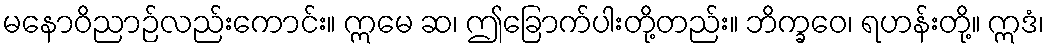
မနောဝိညာဉ်လည်းကောင်း။ ဣမေ ဆ၊ ဤခြောက်ပါးတို့တည်း။ ဘိက္ခဝေ၊ ရဟန်းတို့။ ဣဒံ၊